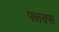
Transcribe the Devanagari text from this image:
फ्लक्‍स